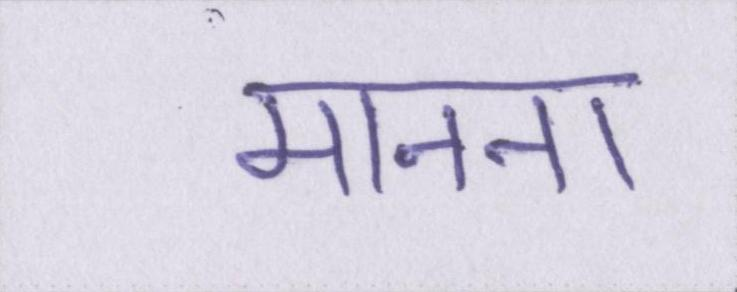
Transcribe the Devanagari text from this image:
मानना